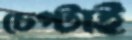
চেপ্‌টাই